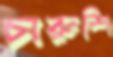
চারুশি